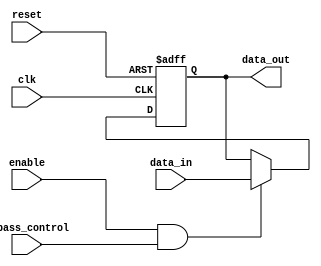
module TimingControlAndSync (
  input wire clk,
  input wire reset,
  input wire enable,
  input wire bypass_control,
  input wire [31:0] data_in,
  output wire [31:0] data_out
);

reg [31:0] bypass_reg;

always @(posedge clk or posedge reset) begin
  if (reset) begin
    bypass_reg <= 0;
  end else if (enable && bypass_control) begin
    bypass_reg <= data_in;
  end
end

assign data_out = bypass_reg;

endmodule